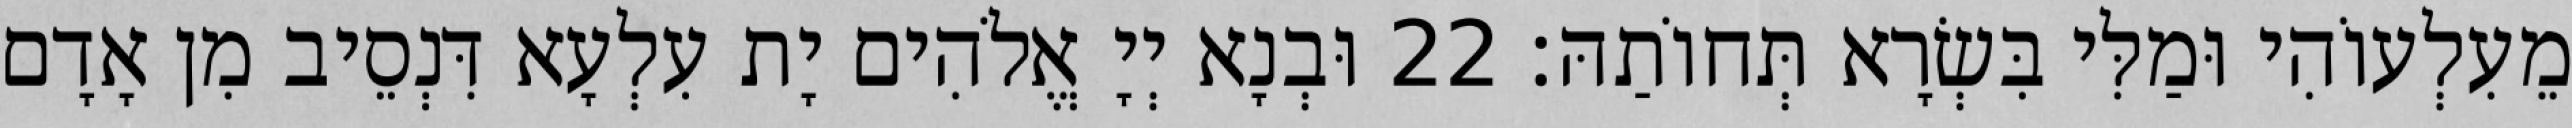
מֵעִלְעוֹהִי וּמַלִּי בִּשְׂרָא תְּחוֹתַהּ׃ 22 וּבְנָא יְיָ אֱלֹהִים יָת עִלְעָא דִּנְסֵיב מִן אָדָם